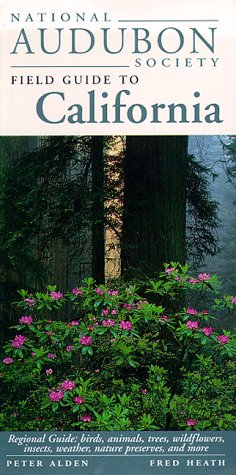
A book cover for National Audubon Society Field Guide to California; Peter Alden; Science & Math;